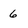
Character: 6